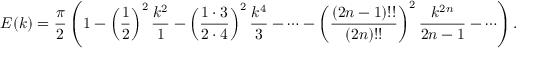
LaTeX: E ( k ) = { \frac { \pi } { 2 } } \left( 1 - \left( { \frac { 1 } { 2 } } \right) ^ { 2 } { \frac { k ^ { 2 } } { 1 } } - \left( { \frac { 1 \cdot 3 } { 2 \cdot 4 } } \right) ^ { 2 } { \frac { k ^ { 4 } } { 3 } } - \cdots - \left( { \frac { ( 2 n - 1 ) ! ! } { ( 2 n ) ! ! } } \right) ^ { 2 } { \frac { k ^ { 2 n } } { 2 n - 1 } } - \cdots \right) .